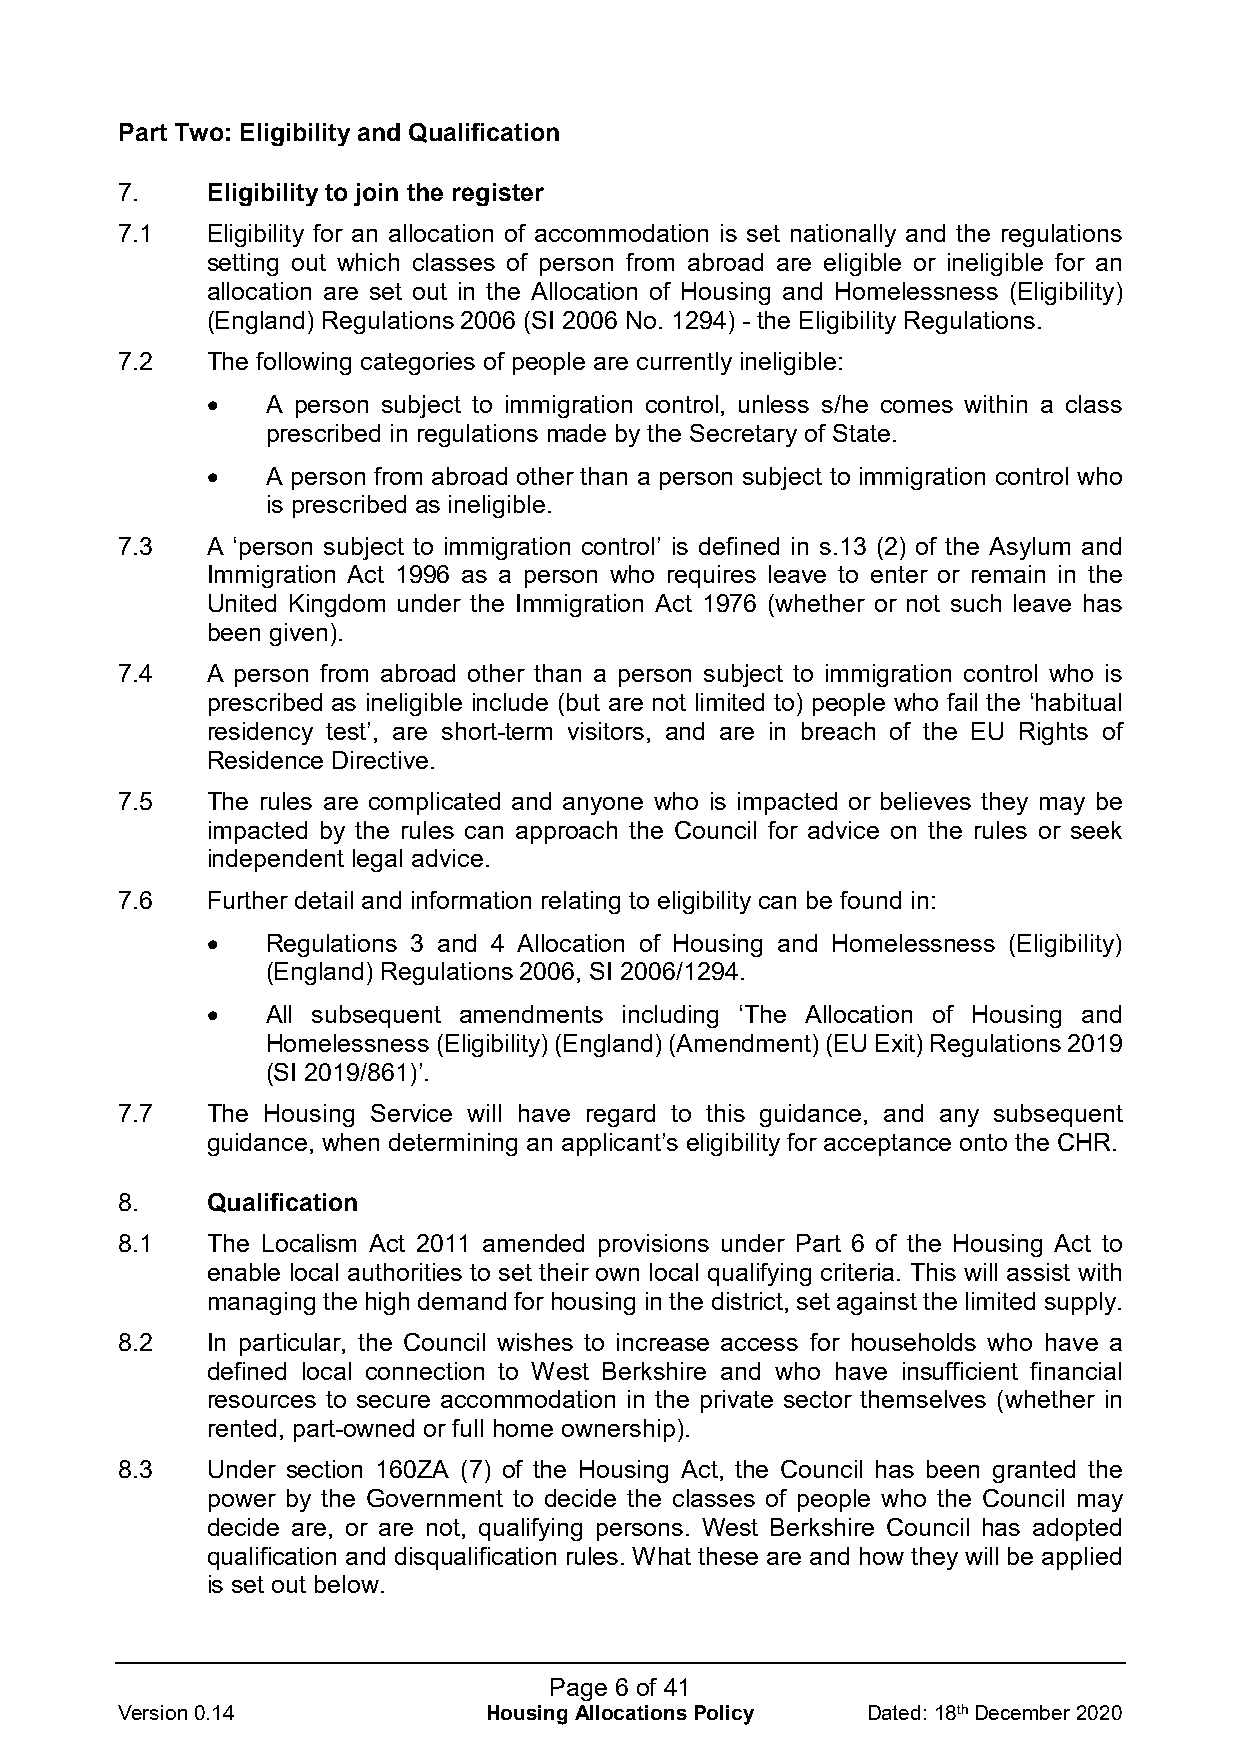
Part Two: Eligibility and Qualification
 7.    Eligibility to join the register
 7.1   Eligibility for an allocation of accommodation is set nationally and the regulations
 setting out which classes of person from abroad are eligible or ineligible for an
 allocation are set out in the Allocation of Housing and Homelessness (Eligibility)
 (England) Regulations 2006 (SI 2006 No. 1294) - the Eligibility Regulations.
 7.2   The following categories of people are currently ineligible:
 •   A person subject to immigration control, unless s/he comes within a class
 prescribed in regulations made by the Secretary of State.
 •   A person from abroad other than a person subject to immigration control who
 is prescribed as ineligible.
 7.3   A ‘person subject to immigration control’ is defined in s.13 (2) of the Asylum and
 Immigration Act 1996 as a person who requires leave to enter or remain in the
 United Kingdom under the Immigration Act 1976 (whether or not such leave has
 been given).
 7.4   A person from abroad other than a person subject to immigration control who is
 prescribed as ineligible include (but are not limited to) people who fail the ‘habitual
 residency test’, are short-term visitors, and are in breach of the EU Rights of
 Residence Directive.
 7.5   The rules are complicated and anyone who is impacted or believes they may be
 impacted by the rules can approach the Council for advice on the rules or seek
 independent legal advice.
 7.6   Further detail and information relating to eligibility can be found in:
 •   Regulations 3 and 4 Allocation of Housing and Homelessness (Eligibility)
 (England) Regulations 2006, SI 2006/1294.
 •   All subsequent amendments including ‘The Allocation of Housing and
 Homelessness (Eligibility) (England) (Amendment) (EU Exit) Regulations 2019
 (SI 2019/861)’.
 7.7   The Housing Service will have regard to this guidance, and any subsequent
 guidance, when determining an applicant’s eligibility for acceptance onto the CHR.
 8.    Qualification
 8.1   The Localism Act 2011 amended provisions under Part 6 of the Housing Act to
 enable local authorities to set their own local qualifying criteria. This will assist with
 managing the high demand for housing in the district, set against the limited supply.
 8.2   In particular, the Council wishes to increase access for households who have a
 defined local connection to West Berkshire and who have insufficient financial
 resources to secure accommodation in the private sector themselves (whether in
 rented, part-owned or full home ownership).
 8.3   Under section 160ZA (7) of the Housing Act, the Council has been granted the
 power by the Government to decide the classes of people who the Council may
 decide are, or are not, qualifying persons. West Berkshire Council has adopted
 qualification and disqualification rules. What these are and how they will be applied
 is set out below.
 Page 6 of 41
 Version 0.14            Housing Allocations Policy Dated: 18th December 2020